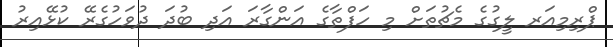
ޕްރިމިއަރ ލީގުގެ މެޗުތަށް މި ހަފްތާގެ އަންގާރަ އަދި ބުދަ ދުވަހުގެރޭ ކުޅޭއިރު